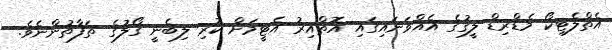
އެތްލެޓިކޯ މެޑްރިޑް ލީގުގެ އެއްވަނައިގައި އޮތްއިރު އެޓީމަށް ކުރި ލިބެނީ ގޯލުގެ ތަފާތުންނެވެ.